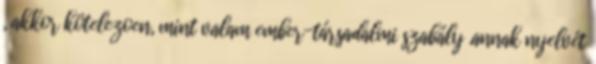
, akkor kötelezoen, mint valam ember-társadalmi szabály .annak nyelvét